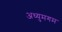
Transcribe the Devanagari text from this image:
अध्युमगम